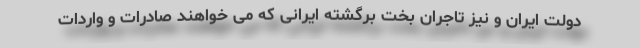
دولت ایران و نیز تاجران بخت برگشته ایرانی که می خواهند صادرات و واردات